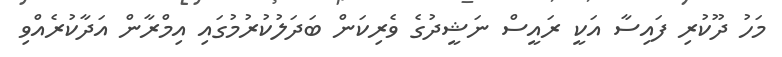
މަހު ދޫކުރި ފައިސާ އަކީ ރައީސް ނަޝީދުގެ ވެރިކަން ބަދަލުކުރުމުގައި އިމްރާން އަދާކުރެއްވި